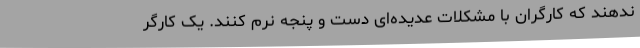
ندهند که کارگران با مشکلات عدیده‌ای دست و پنجه نرم کنند. یک کارگر